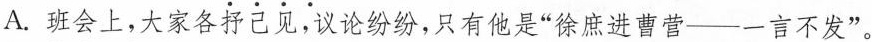
A.班会上，大家各抒己见，议论纷纷，只有他是”徐庶进曹营——一言不发”。